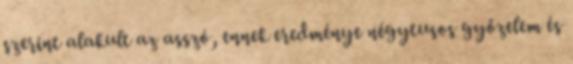
szerint alakult az asszó, ennek eredménye négytusos győzelem és